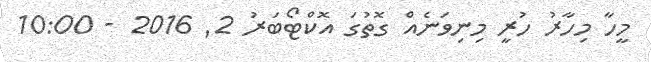
މީހާ މިހާރު ހުރީ މިނިވަނެއް ގޮތުގަ އޮކްޓޯބަރު 2